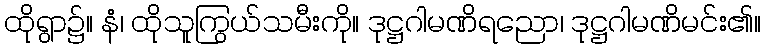
ထိုရွာ၌။ နံ၊ ထိုသူကြွယ်သမီးကို။ ဒုဋ္ဌဂါမဏိရညော၊ ဒုဋ္ဌဂါမဏိမင်း၏။